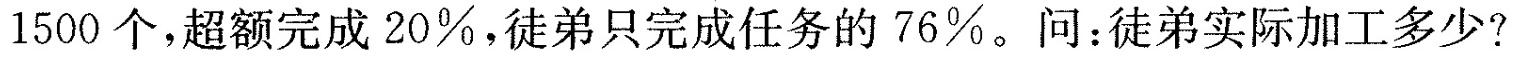
1500个，超额完成20%，徒弟只完成任务的76%。问：徒弟实际加工多少?